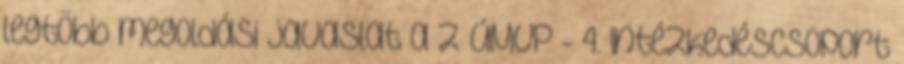
legtöbb megoldási javaslat a z ÚMVP - 4. Intézkedéscsoport